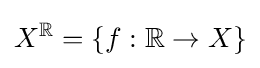
X^{\mathbb {R} }=\{f:\mathbb {R} \to X\}